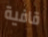
قافية